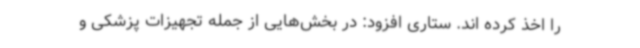
را اخذ کرده اند. ستاری افزود: در بخش‌هایی از جمله تجهیزات پزشکی و